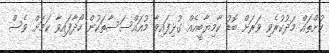
ކުށްތައް މަދުކުރެވި ވަރަށް ބޮޑު ކާމިޔާބީއެއް ގުޅިފައިވާ މުއައްސަސާތަކުން ހޯދާފައިވާ ކަމަށް ވެސް